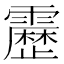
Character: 𮦷